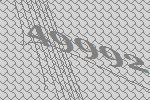
49992